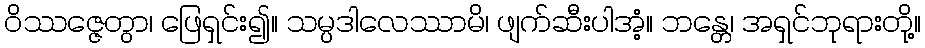
ဝိဿဇ္ဇေတွာ၊ ဖြေရှင်း၍။ သမ္ပဒါလေဿာမိ၊ ဖျက်ဆီးပါအံ့။ ဘန္တေ၊ အရှင်ဘုရားတို့။